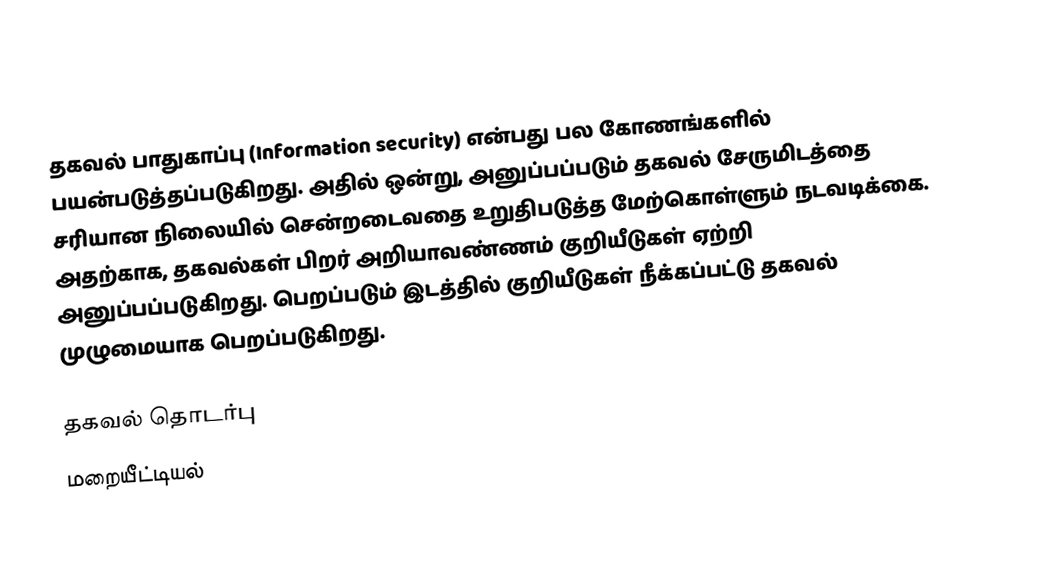
தகவல் பாதுகாப்பு (Information security) என்பது பல கோணங்களில் பயன்படுத்தப்படுகிறது. அதில் ஒன்று, அனுப்பப்படும் தகவல் சேருமிடத்தை சரியான நிலையில் சென்றடைவதை உறுதிபடுத்த மேற்கொள்ளும் நடவடிக்கை. அதற்காக, தகவல்கள் பிறர் அறியாவண்ணம் குறியீடுகள் ஏற்றி அனுப்பப்படுகிறது. பெறப்படும் இடத்தில் குறியீடுகள் நீக்கப்பட்டு தகவல் முழுமையாக பெறப்படுகிறது.

தகவல் தொடர்பு
மறையீட்டியல்